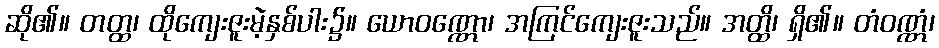
ဆို၏။ တတ္ထ၊ ထိုကျေးဇူးမဲ့နှစ်ပါး၌။ ယောဝဏ္ဏော၊ အကြင်ကျေးဇူးသည်။ အတ္ထိ၊ ရှိ၏။ တံဝဏ္ဏံ၊